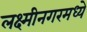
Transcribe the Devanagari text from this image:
लक्ष्मीनगरमध्ये